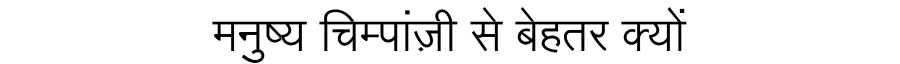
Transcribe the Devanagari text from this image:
मनुष्य चिम्पांज़ी से बेहतर क्यों